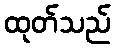
ထုတ်သည်